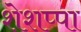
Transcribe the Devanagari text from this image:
शेशप्पा